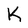
Character: K